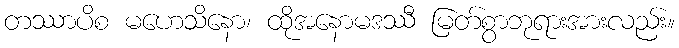
တဿာပိစ မဟေသိနော၊ ထိုအနောမဒဿီ မြတ်စွာဘုရားအားလည်း။